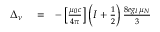
\begin{array} { r l r } { \Delta _ { \nu } } & { { } = } & { - \left[ \frac { \mu _ { 0 } c } { 4 \pi } \right] \Big ( I + \frac { 1 } { 2 } \Big ) \, \frac { 8 e g _ { I } \mu _ { N } } { 3 } } \end{array}